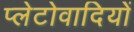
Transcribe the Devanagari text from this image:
प्लेटोवादियों